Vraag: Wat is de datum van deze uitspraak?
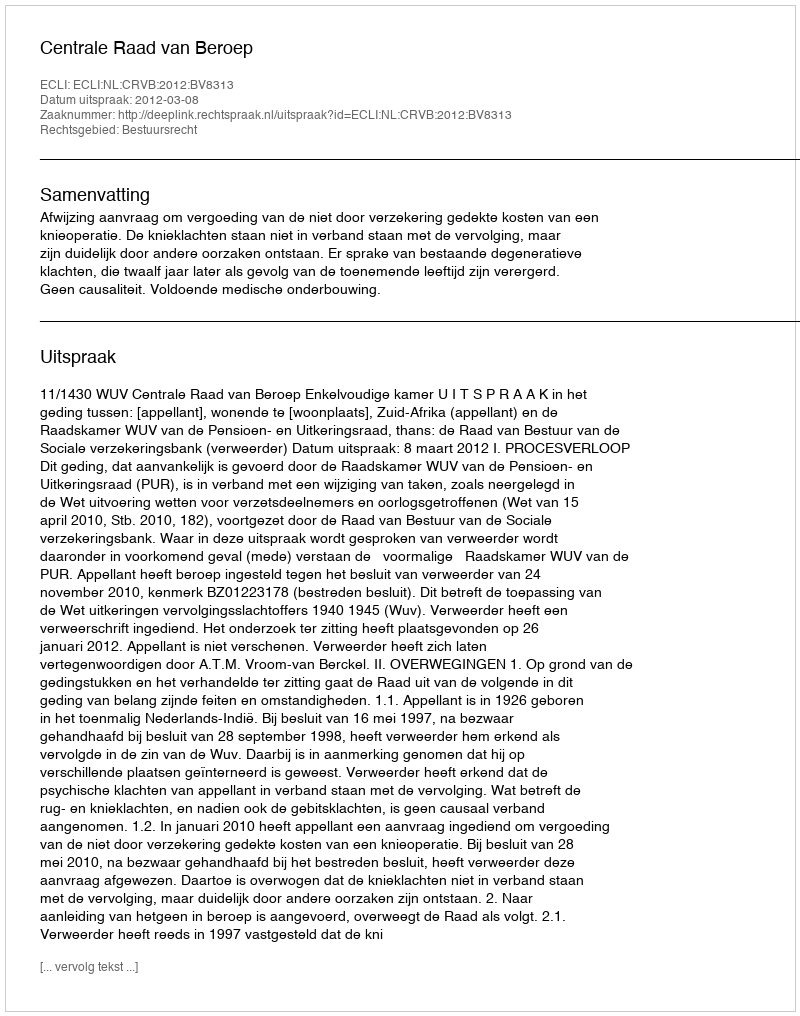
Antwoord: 2012-03-08